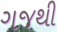
ગજથી